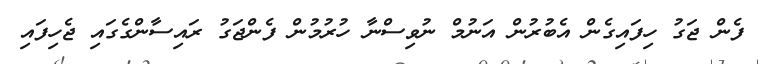
ފެން ޖަގު ހިފައިގެން އެބުރުން އަނުމް ނުވިސްނާ ހުރުމުން ފެންޖަގު ރައިސާންގެގައި ޖެހިފައި